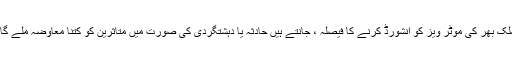
ملک بھر کی موٹر ویز کو انشورڈ کرنے کا فیصلہ ، جانتے ہیں حادثہ یا دہشتگردی کی صورت میں متاثرین کو کتنا معاوضہ ملے گا؟